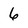
Character: 6